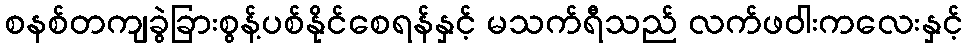
စနစ်တကျခွဲခြားစွန့်ပစ်နိုင်စေရန်နှင့် မသက်ရီသည် လက်ဖဝါးကလေးနှင့်